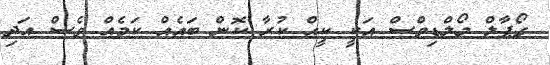
ގޯޕާލް މޯލްޑިވްސް އަކީ ކީއް ކުރާ ކޮން ބައެއް ކަމެއް ވެސް އަދި